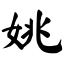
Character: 姚